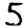
Digit: 5